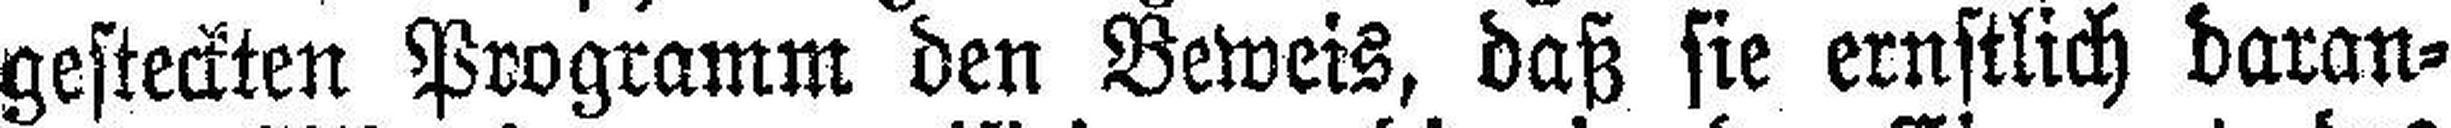
gesteckten Programm den Beweis, daß sie ernstlich daran¬